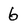
Character: 6